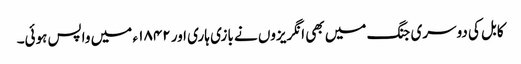
کابل کی دوسری جنگ میں بھی انگریزوں نے بازی ہاری اور ۱۸۴۲ ء میں واپس ہوئی۔